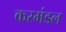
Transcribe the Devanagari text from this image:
करमंडल